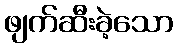
ဖျက်ဆီးခဲ့သော